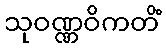
သုဝဏ္ဏဝိကတိံ